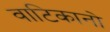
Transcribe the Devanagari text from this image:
वाटिकानो